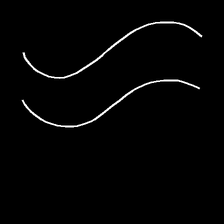
Glyph: float